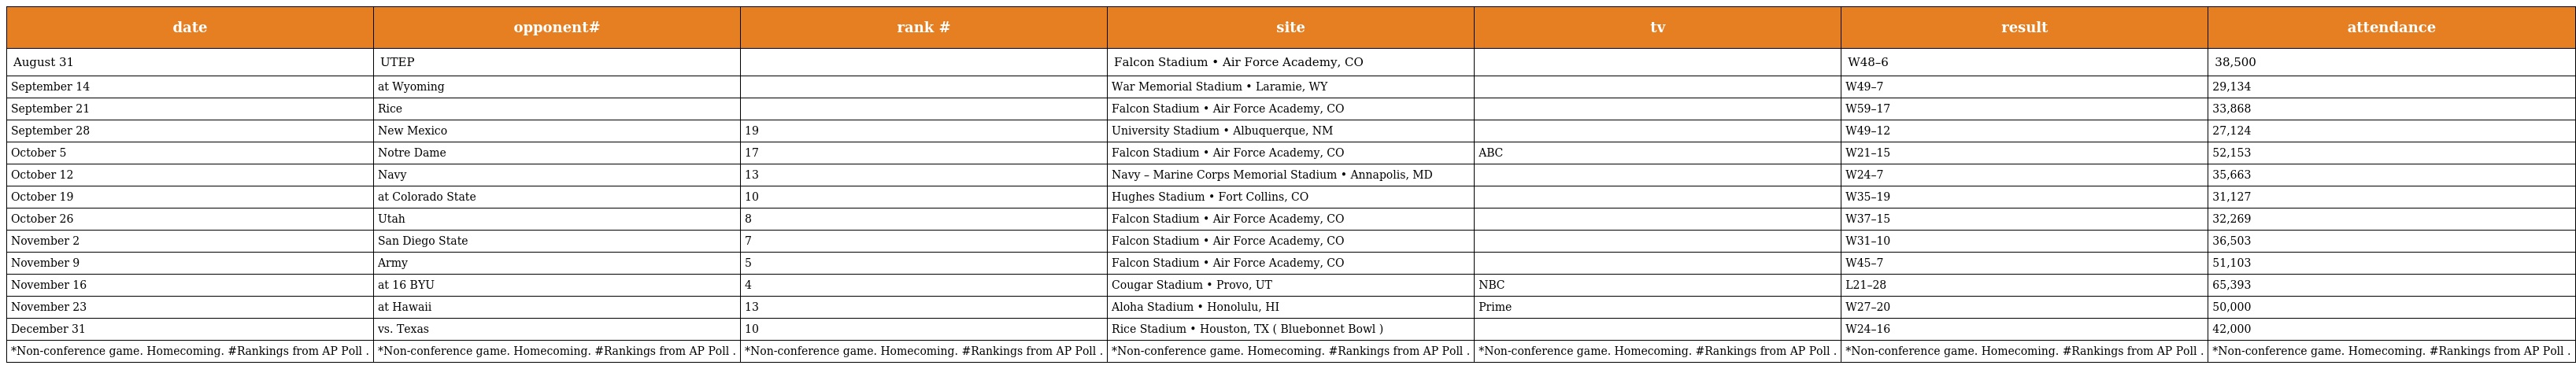
| date | opponent# | rank # | site | tv | result | attendance |
 | --- | --- | --- | --- | --- | --- | --- |
 | August 31 | UTEP |  | Falcon Stadium • Air Force Academy, CO |  | W48–6 | 38,500 |
 | September 14 | at Wyoming |  | War Memorial Stadium • Laramie, WY |  | W49–7 | 29,134 |
 | September 21 | Rice |  | Falcon Stadium • Air Force Academy, CO |  | W59–17 | 33,868 |
 | September 28 | New Mexico | 19 | University Stadium • Albuquerque, NM |  | W49–12 | 27,124 |
 | October 5 | Notre Dame | 17 | Falcon Stadium • Air Force Academy, CO | ABC | W21–15 | 52,153 |
 | October 12 | Navy | 13 | Navy – Marine Corps Memorial Stadium • Annapolis, MD |  | W24–7 | 35,663 |
 | October 19 | at Colorado State | 10 | Hughes Stadium • Fort Collins, CO |  | W35–19 | 31,127 |
 | October 26 | Utah | 8 | Falcon Stadium • Air Force Academy, CO |  | W37–15 | 32,269 |
 | November 2 | San Diego State | 7 | Falcon Stadium • Air Force Academy, CO |  | W31–10 | 36,503 |
 | November 9 | Army | 5 | Falcon Stadium • Air Force Academy, CO |  | W45–7 | 51,103 |
 | November 16 | at 16 BYU | 4 | Cougar Stadium • Provo, UT | NBC | L21–28 | 65,393 |
 | November 23 | at Hawaii | 13 | Aloha Stadium • Honolulu, HI | Prime | W27–20 | 50,000 |
 | December 31 | vs. Texas | 10 | Rice Stadium • Houston, TX ( Bluebonnet Bowl ) |  | W24–16 | 42,000 |
 | *Non-conference game. Homecoming. #Rankings from AP Poll . | *Non-conference game. Homecoming. #Rankings from AP Poll . | *Non-conference game. Homecoming. #Rankings from AP Poll . | *Non-conference game. Homecoming. #Rankings from AP Poll . | *Non-conference game. Homecoming. #Rankings from AP Poll . | *Non-conference game. Homecoming. #Rankings from AP Poll . | *Non-conference game. Homecoming. #Rankings from AP Poll . |